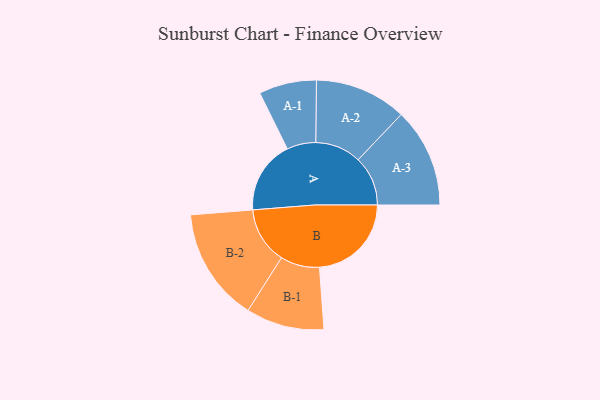
{"axis": {"x": "Segment", "y": "Value"}, "legend": ["", "A", "B"], "data": [{"x": "A", "y": 256, "type": ""}, {"x": "B", "y": 322, "type": ""}, {"x": "A-1", "y": 101, "type": "A"}, {"x": "A-2", "y": 161, "type": "A"}, {"x": "A-3", "y": 174, "type": "A"}, {"x": "B-1", "y": 137, "type": "B"}, {"x": "B-2", "y": 199, "type": "B"}]}